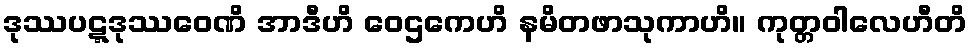
ဒုဿပဋ္ဋဒုဿဝေဏိ အာဒီဟိ ဝေဌကေဟိ နမိတဖာသုကာဟိ။ ကုတ္တဝါလေဟီတိ